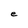
Character: e